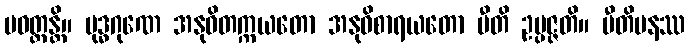
ပဝတ္တန္တိ။ ဗုဒ္ဓဂုဏေ အနုဝိတက္ကယတော အနုဝိစာရယတော ပီတိ ဥပ္ပဇ္ဇတိ။ ပီတိမနဿ